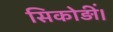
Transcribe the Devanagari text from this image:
सिकोड़ीं।